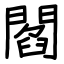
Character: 閻